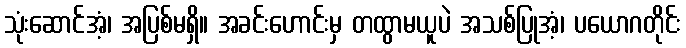
သုံးဆောင်အံ့၊ အပြစ်မရှိ။ အခင်းဟောင်းမှ တထွာမယူပဲ အသစ်ပြုအံ့၊ ပယောဂတိုင်း